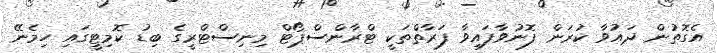
އެގޮތުން ދައުވާ ކުރަން ފޮނުވާފައިވާ ފަރާތްތަކީ ޓްރާންސްޕޯޓް މިނިސްޓްރީގެ ބިޑު ކޮމިޓީގައި ހިމެނޭ